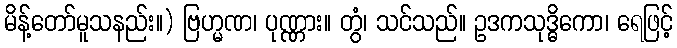
မိန့်တော်မူသနည်း။) ဗြဟ္မဏ၊ ပုဏ္ဏား။ တွံ၊ သင်သည်။ ဥဒကသုဒ္ဓိကော၊ ရေဖြင့်